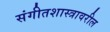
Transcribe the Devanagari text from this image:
संगीतशास्त्रावरील